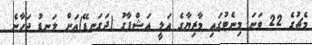
މެޗުގެ 22 ވަނަ މިނެޓުގައި މާޒިޔާގެ އަލީ އަޝްފާގު (ދަގަނޑޭ)އަށް ލަނޑު ޖަހާނެ